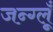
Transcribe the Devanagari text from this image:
जन्ग्लूँ